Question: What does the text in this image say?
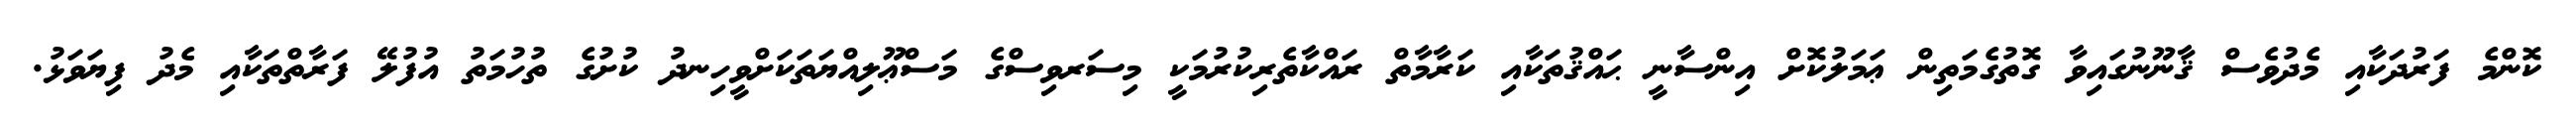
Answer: ކޮންމެ ފަރުދަކާއި މެދުވެސް ޤާނޫނުގައިވާ ގޮތުގެމަތިން ޢަމަލުކޮށް އިންސާނީ ޙައްޤުތަކާއި ކަރާމާތް ރައްކާތެރިކުރުމަކީ މިސަރވިސްގެ މަސްޢޫލިއްޔަތަކަށްވީހިނދު ކުށުގެ ތުހުމަތު އުފުލޭ ފަރާތްތަކާއި މެދު ފިޔަވަޅު.